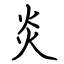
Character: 炎